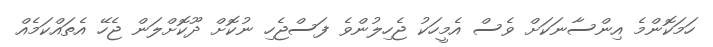
ހަމަކޮންމެ އިންސާނަކަށް ވެސް އެމީހަކު ޖެހިލުންވެ ފަސްޖެހި ނުކޮށް ދޫކޮށްލަން ޖެހޭ އެތައްކަމެއް